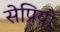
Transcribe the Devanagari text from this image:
सेप्रियो